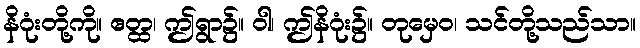
နိဂုံးတို့ကို။ ဧတ္ထ၊ ဤရွာ၌။ ဝါ၊ ဤနိဂုံး၌။ တုမှေဝ၊ သင်တို့သည်သာ။